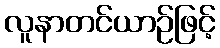
လူနာတင်ယာဉ်ဖြင့်